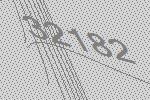
32182